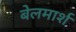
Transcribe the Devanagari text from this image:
बेलमार्श